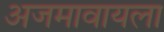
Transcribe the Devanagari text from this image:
अजमावायला